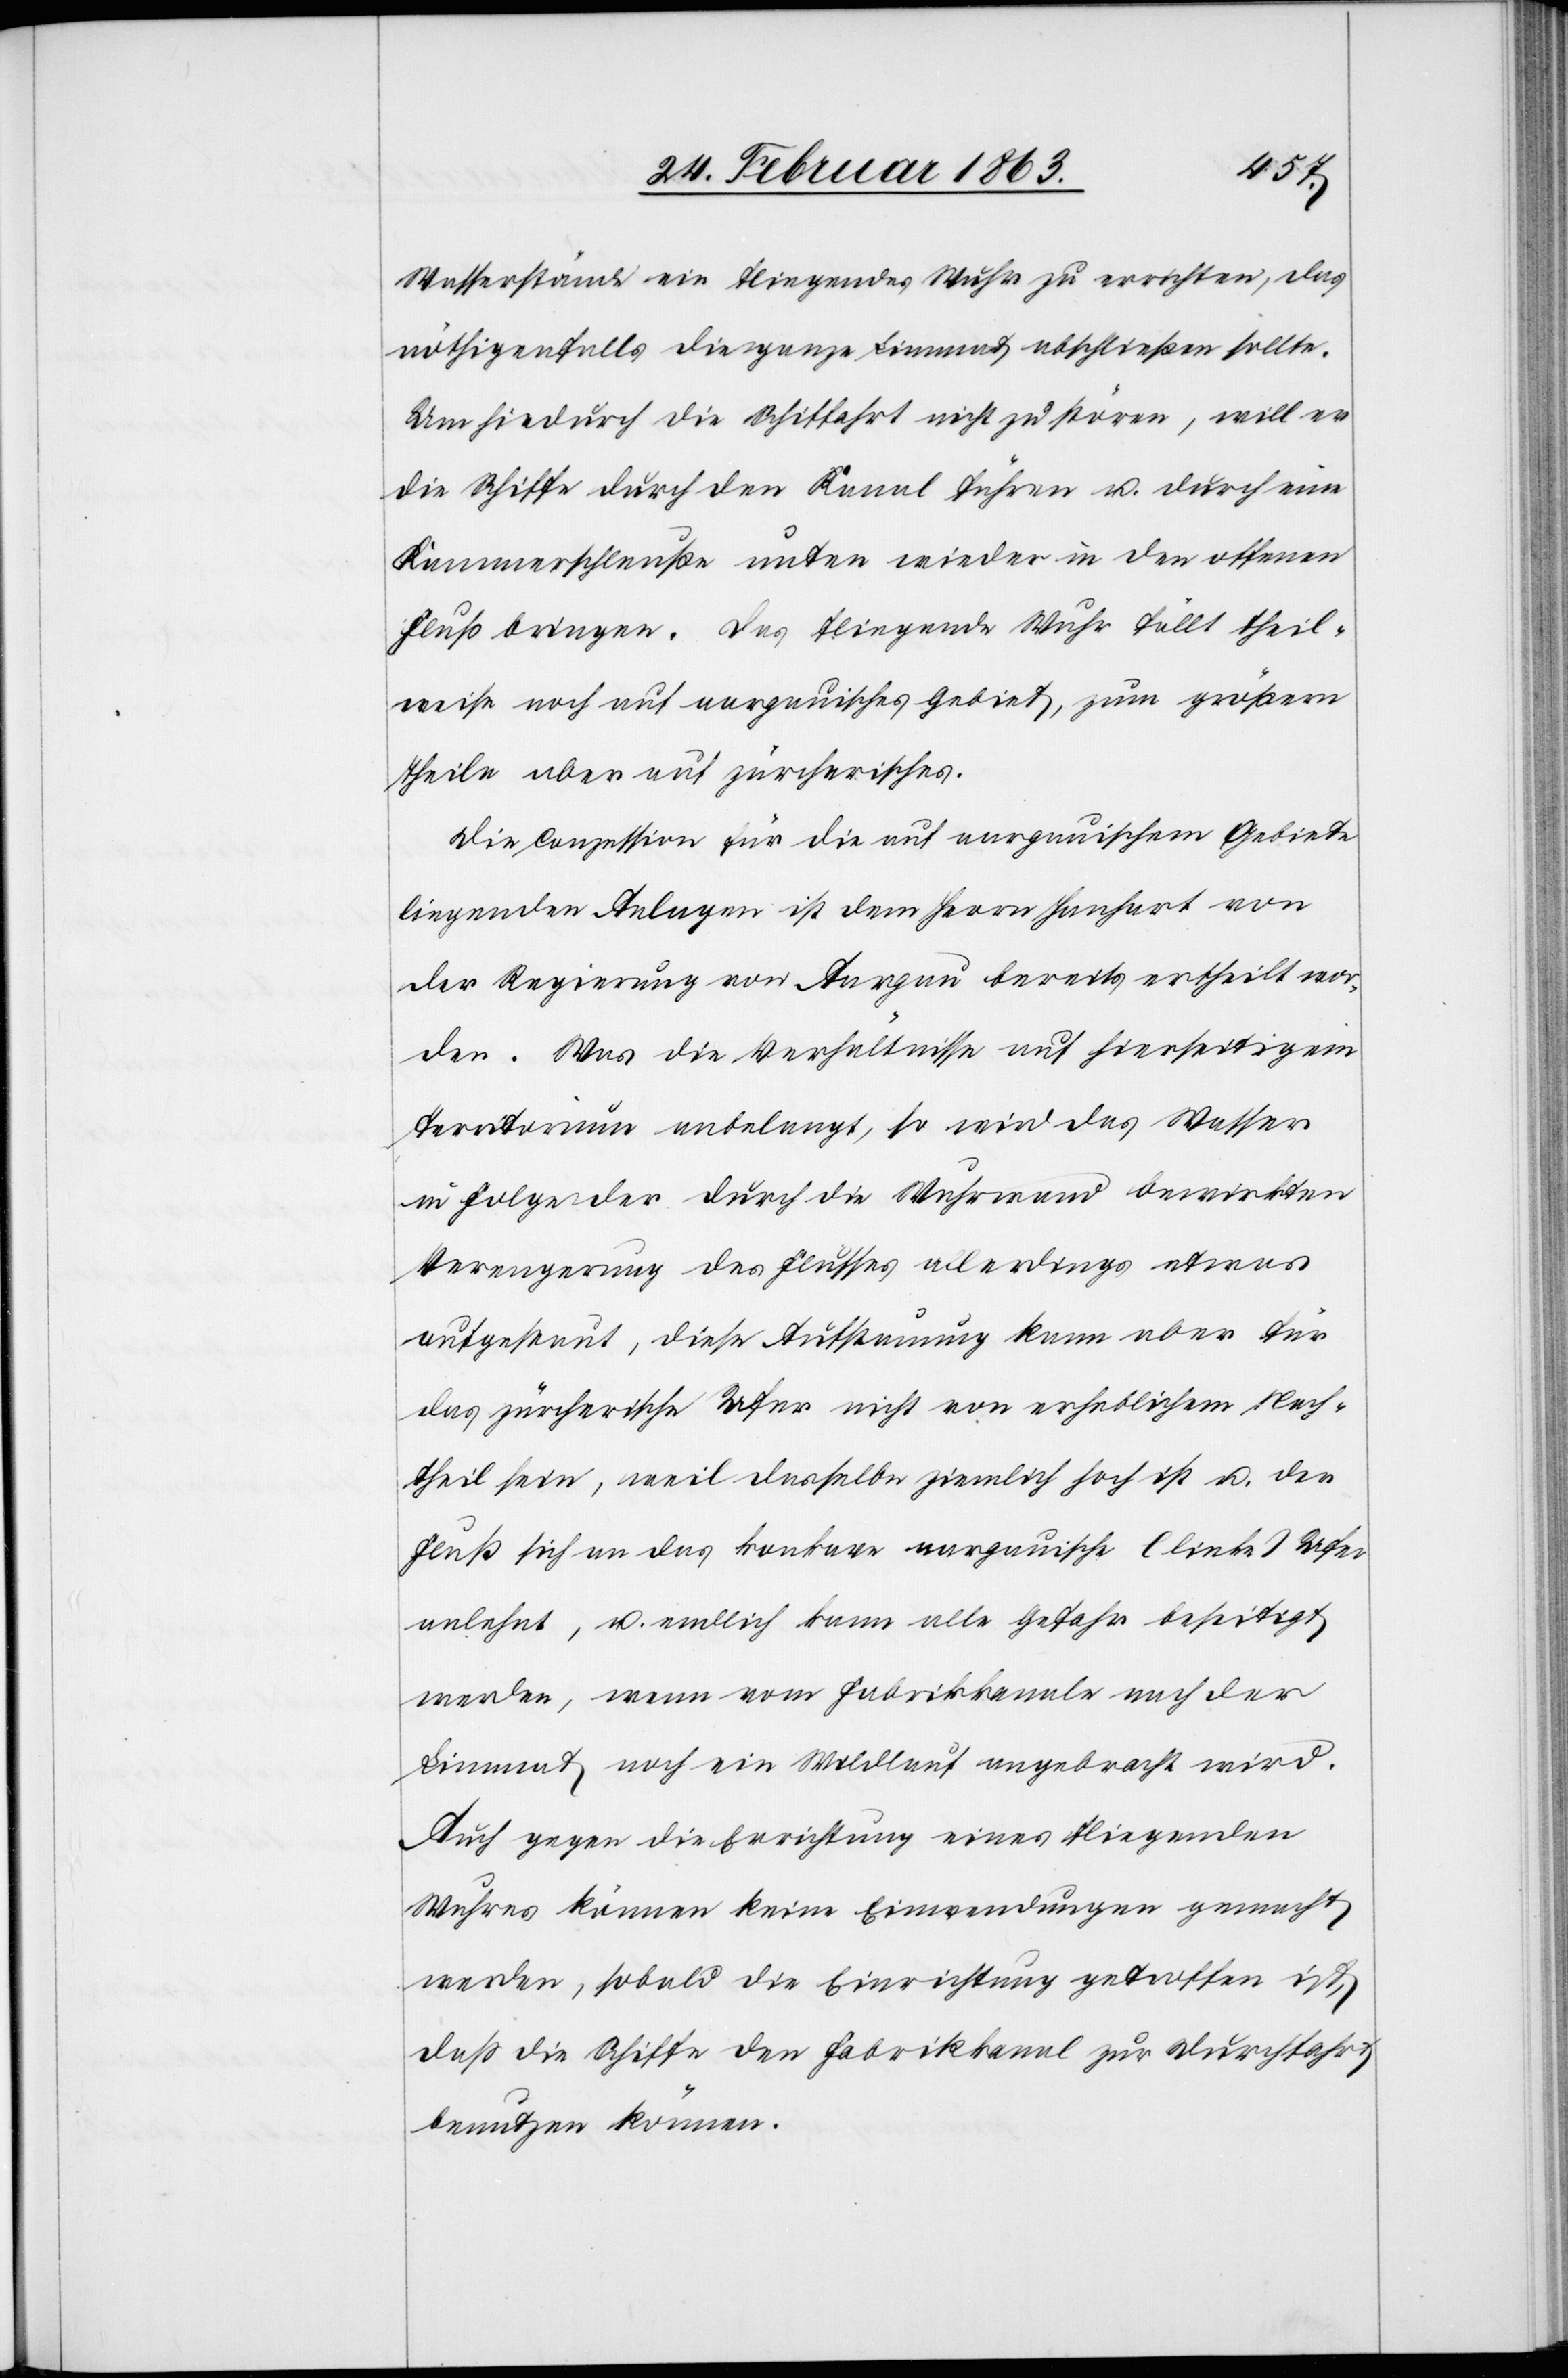
Wasserstände ein fliegendes Wuhr zu errichten, das
nöthigenfalls die ganze Limmat abschließen sollte.
Um hiedurch die Schiffahrt nicht zu stören, will er
die Schiffe durch den Kanal führen u. durch eine
Kammerschleuße unten wieder in den offenen
Fluß bringen. Das fliegende Wuhr fällt theil¬
weise noch auf aargauisches Gebiet, zum größern
Theile aber auf zürcherisches.
Die Conzession für die auf aargauischem Gebiete
liegenden Anlagen ist dem Herrn Hanhart von
der Regierung von Aargau bereits ertheilt wor¬
den. Was die Verhältnisse auf hierseitigem
Territorium anbelangt, so wird das Wasser
in Folge der durch die Wuhrwand bewirkten
Verengerung des Flusses allerdings etwas
aufgestaut, diese Aufstauung kann aber für
das zürcherische Ufer nicht von erheblichem Nach¬
theil sein, weil dasselbe ziemlich hoch ist u. der
Fluß sich an das konkave aargauische (linke) Ufer
anlehnt, u. endlich kann alle Gefahr beseitigt
werden, wenn vom Fabrikkanale nach der
Limmat noch ein Wildlauf angebracht wird.
Auch gegen die Errichtung eines fliegenden
Wuhres können keine Einwendungen gemacht
werden, sobald die Einrichtung getroffen ist,
daß die Schiffe den Fabrikkanal zur Durchfahrt
benutzen können.